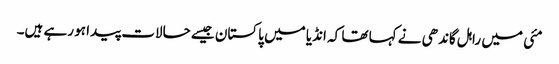
مئی میں راہل گاندھی نے کہا تھا کہ انڈیا میں پاکستان جیسے حالات پیدا ہو رہے ہیں۔